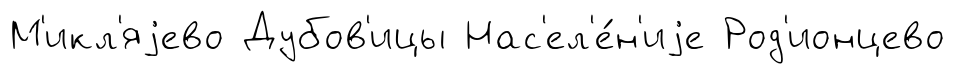
М'икл'яjево Дубов'ицы Нас'ел'е́н'иjе Род'ионцево